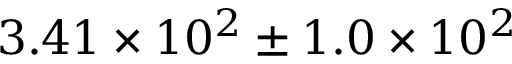
3 . 4 1 \times 1 0 ^ { 2 } \pm { 1 . 0 \times 1 0 ^ { 2 } }